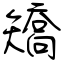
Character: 矯